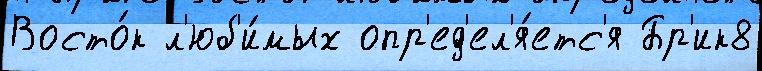
Восто́к л'юб'и́мых опр'ед'ел'я́етс'я Бр'ик8